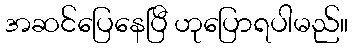
အဆင်ပြေနေပြီ ဟုပြောရပါမည်။